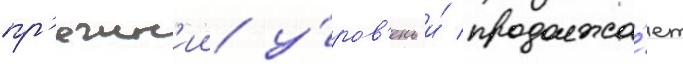
пр'ежн'ии у́ров'ень и́ продолжа́ет